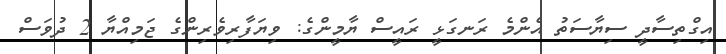
އިގްތިސާދީ ސިޔާސަތު އެންމެ ރަނގަޅީ ރައީސް ޔާމީންގެ: ވިޔަފާރިވެރިންގެ ޖަމިއްޔާ 2 ދުވަސް